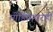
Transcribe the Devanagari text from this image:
मीडियावरही